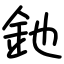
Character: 釶